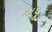
ટાપૂ